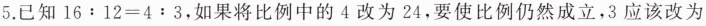
5.已知$$1 6 : 1 2 = 4 : 3$$，如果将比例中的4改为24，要使比例仍然成立，3应该改为